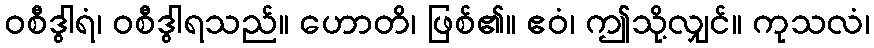
ဝစီဒွါရံ၊ ဝစီဒွါရသည်။ ဟောတိ၊ ဖြစ်၏။ ဧဝံ၊ ဤသို့လျှင်။ ကုသလံ၊